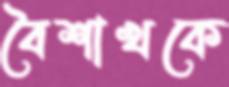
বৈশাখকে